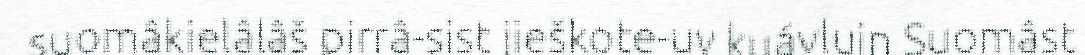
suomâkielâlâš pirrâ-sist jieškote-uv kuávluin Suomâst